Indian journal of veterinary science and animal husbandry - Volume 13,
Year: 1943
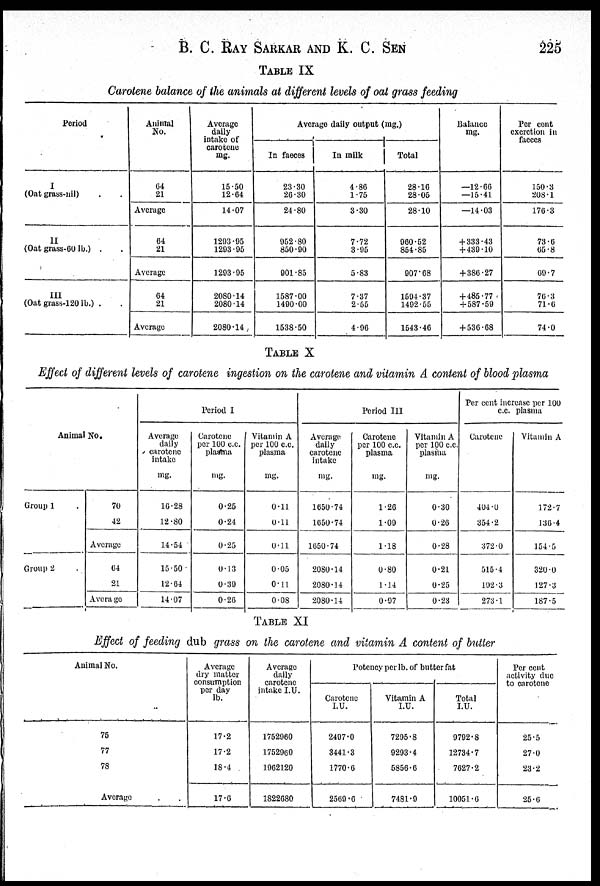
B. C. RAY SARKAR AND K. C. SEN 225
TABLE IX
Carotene balance of the animals at different levels of oat grass feeding
Period
I
(Oat grass-nil) . .
II
(Oat grass-60 lb.) . .
III
(Oat grass-120 lb.) . .
Animal
No.
64
21
Average
64
21
Average
64
21
Average
Average
daily
carotene
mg.
15.50
12.64
14.07
1293.95
1293.95
1293.95
2080.14
2080.14
2080.14
Average daily output (mg.)
In faeces
23.30
26.30
24.80
952.80
850.90
901.85
1587.00
1490.00
1538.50
In milk
4.86
1.75
3.30
7.72
3.95
5.83
7.37
2.55
4.96
Total
28.16
28.05
28.10
960.52
854.85
907.68
1594.37
1492.55
1543.46
Balance
mg.
—12.66
—15.41
—14.03
+ 333.43
+ 439.10
+ 386.27
+ 485.77
+ 587.59
+ 536.08
Per cent
excretion in
150.3
208.1
176.3
73.6
65.8
69.7
76.3
71.6
74.0
TABLE X
Effect of different levels of carotene ingestion on the carotene and vitamin A content of blood plasma
Animal No.
Group 1
Group 2
70
42
Average
64
21
Average
Period I
Average
daily
carotene
intake
mg.
16.28
12.80
14.54
15.50
12.64
14.07
Carotene
per 100 c.c.
plasma
mg.
0.25
0.24
0.25
0.13
0.39
0.26
Vitamin A
per 100 c.c.
plasma
mg.
0.11
0.11
0.11
0.05
0.11
0.08
Period III
Average
daily
carotene
intake
mg.
1650.74
1650.74
1650.74
2080.14
2080.14
2080.14
Carotene
per 100 c.c.
plasma
mg.
1.26
1.09
1.18
0.80
1.14
0.97
Vitamin A
per 100 c.c.
plasma
mg.
0.30
0.26
0.28
0.21
0.25
0.23
Per cent increase per 100
c.c. plasma
Carotene
404.0
354.2
372.0
515.4
192.3
273.1
Vitamin A
172.7
136.4
154.5
320.0
127.3
187.5
TABLE XI
Effect of feeding dub grass on the carotene and vitamin A content of butter
Animal No.
75
77
78
Average
Average
dry matter
consumption
per day
lb.
17.2
17.2
18.4
17.6
Average
daily
carotene
intake I.U.
1752960
1752960
1962120
1822080
Potency per lb. of butter fat
Carotene
I.U.
2497.0
3441.3
1770.0
2569.6
Vitamin A
I.U.
7295.8
9293.4
5856.6
7481.9
Total
I.U.
9792.8
12734.7
7627.2
10051.6
Per cent
activity due
to carotene
25.5
27.0
23.2
25.6